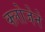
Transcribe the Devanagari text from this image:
क्लोजेने